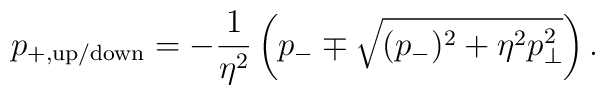
p_{+,\rm up/down} = -\frac{1}{\eta^2}\left( p_- \mp \sqrt{(p_-)^2 + \eta^2 p_{\bot}^2}\right).